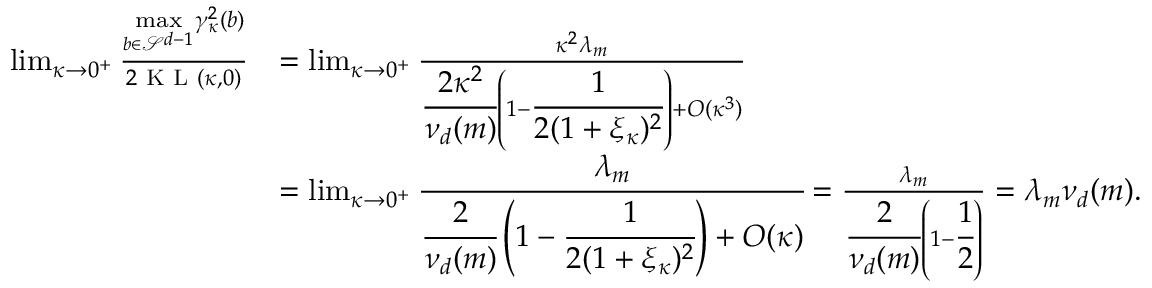
\begin{array} { r l } { \operatorname* { l i m } _ { \kappa \rightarrow 0 ^ { + } } \frac { \underset { b \in \mathcal { S } ^ { d - 1 } } { \operatorname* { m a x } } \gamma _ { \kappa } ^ { 2 } ( b ) } { 2 \textsc { K L } ( \kappa , 0 ) } } & { = \operatorname* { l i m } _ { \kappa \rightarrow 0 ^ { + } } \frac { \kappa ^ { 2 } \lambda _ { m } } { \cfrac { 2 \kappa ^ { 2 } } { \nu _ { d } ( m ) } \left( 1 - \cfrac { 1 } { 2 ( 1 + \xi _ { \kappa } ) ^ { 2 } } \right) + O ( \kappa ^ { 3 } ) } } \\ & { = \operatorname* { l i m } _ { \kappa \rightarrow 0 ^ { + } } \cfrac { \lambda _ { m } } { \cfrac { 2 } { \nu _ { d } ( m ) } \left( 1 - \cfrac { 1 } { 2 ( 1 + \xi _ { \kappa } ) ^ { 2 } } \right) + O ( \kappa ) } = \frac { \lambda _ { m } } { \cfrac { 2 } { \nu _ { d } ( m ) } \left( 1 - \cfrac { 1 } { 2 } \right) } = \lambda _ { m } \nu _ { d } ( m ) . } \end{array}